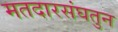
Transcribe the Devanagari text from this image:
मतदारसंघतुन